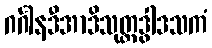
ဂင်္ဂါနဒီအာဒိသုတ္တဒွါဒသကံ